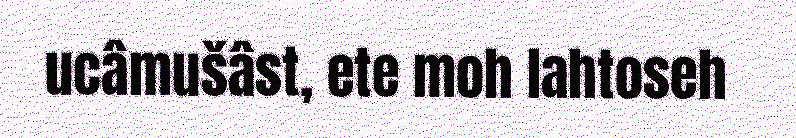
ucâmušâst, ete moh lahtoseh